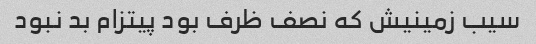
سیب زمینیش که نصف ظرف بود پیتزام بد نبود